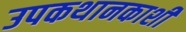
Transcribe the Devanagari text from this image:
उपकथानकाशी